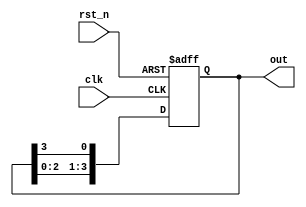
module ring_counter #(parameter N = 4) (
    input wire clk,        // Clock input
    input wire rst_n,     // Active low reset (optional)
    output reg [N-1:0] out // Output representing the state of the counter
);

// Initial state of the ring counter
initial begin
    out = 1'b1; // Set the first flip-flop high
end

// Always block triggered on the rising edge of the clock
always @(posedge clk or negedge rst_n) begin
    if (!rst_n) begin
        out <= 1'b1; // Reset the counter to initial state
    end else begin
        out <= {out[N-2:0], out[N-1]}; // Shift the '1' to the right
    end
end

endmodule